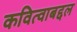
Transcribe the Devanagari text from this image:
कवित्वाबद्दल